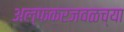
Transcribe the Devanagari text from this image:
अल्फकरजवळच्या